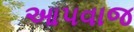
આપવાજ